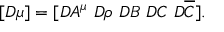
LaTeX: [ { \cal D } \mu ] = [ { \cal D } A ^ { \mu } ~ { \cal D } \rho ~ { \cal D } B ~ { \cal D } C ~ { \cal D } \overline { { { \cal C } } } ] .